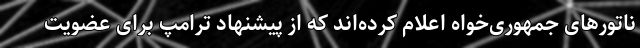
ناتورهای جمهوری‌خواه اعلام کرده‌اند که از پیشنهاد ترامپ برای عضویت